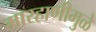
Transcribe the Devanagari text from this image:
मारहाणीमुळे